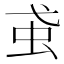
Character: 𧈩